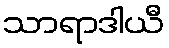
သာရာဒါယီ